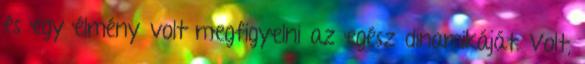
és egy élmény volt megfigyelni az egész dinamikáját. Volt,